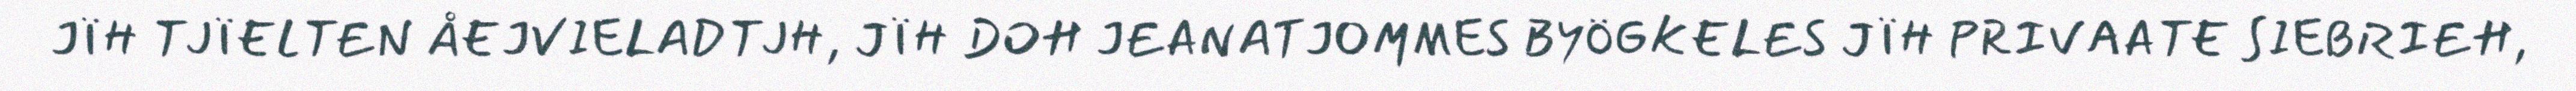
JÏH TJÏELTEN ÅEJVIELADTJH, JÏH DOH JEANATJOMMES BYÖGKELES JÏH PRIVAATE SIEBRIEH,